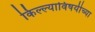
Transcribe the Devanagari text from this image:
किल्ल्याविषयीच्या